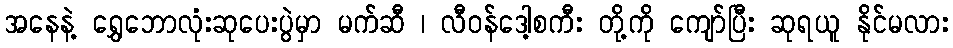
အနေနဲ့ ရွှေဘောလုံးဆုပေးပွဲမှာ မက်ဆီ ၊ လီဝန်ဒေါ့စကီး တို့ကို ကျော်ပြီး ဆုရယူ နိုင်မလား